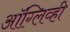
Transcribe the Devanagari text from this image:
ऑग्लिव्ही